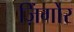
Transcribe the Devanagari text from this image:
ज़िंगोर